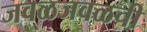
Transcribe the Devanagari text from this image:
जवळजवळची